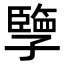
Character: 𪧂